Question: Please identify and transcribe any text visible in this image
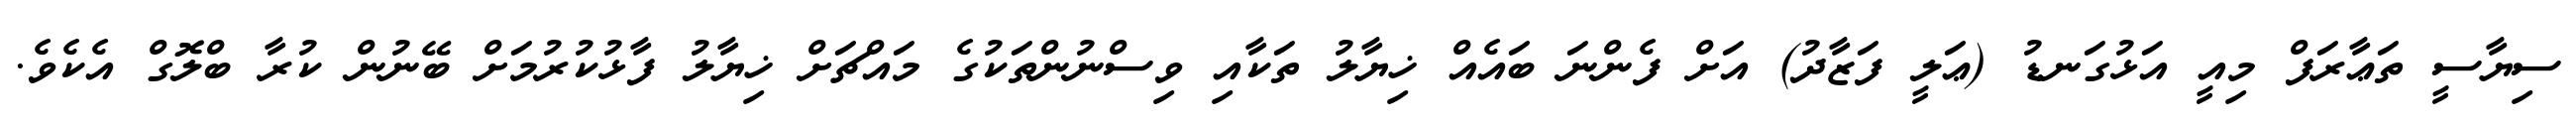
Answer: ސިޔާސީ ތަޢާރަފް މިއީ އަޅުގަނޑު (ޢަލީ ފަޒާދު) އަށް ފެންނަ ބައެއް ޚިޔާލު ތަކާއި ވިސްނުންތަކުގެ މައްޗަށް ޚިޔާލު ފާޅުކުރުމަށް ބޭނުން ކުރާ ބްލޮގް އެކެވެ.